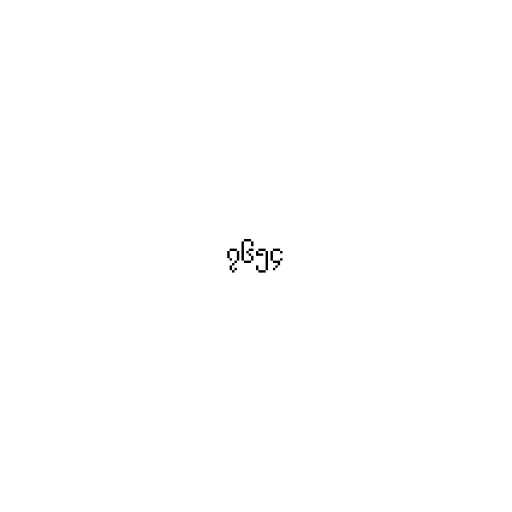
၇၆၅၄